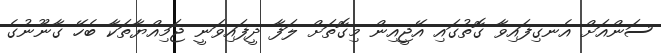
ސަންއަށް އެނގިފައިވާ ގޮތުގައި އޭޖީއިން މިގޮތަށް ލަފާ ދީފައިވަނީ ޖަމިއްޔާތަކާ ބެހޭ ގާނޫނުގެ